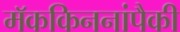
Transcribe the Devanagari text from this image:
मॅककिननांपैकी